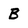
Character: B